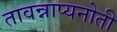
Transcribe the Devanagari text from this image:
तावन्नाप्यनोती